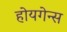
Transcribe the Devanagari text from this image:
होयगेन्स